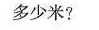
多少米?